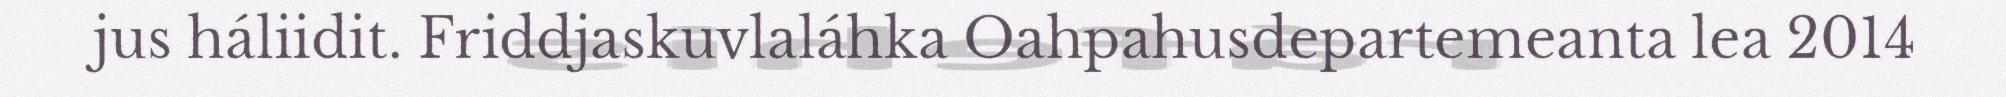
jus háliidit. Friddjaskuvlaláhka Oahpahusdepartemeanta lea 2014